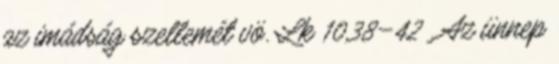
az imádság szellemét vö. Lk 10,38–42 . Az ünnep